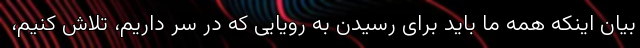
بیان اینکه همه ما باید برای رسیدن به رویایی که در سر داریم، تلاش کنیم،